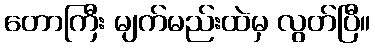
တောကြီး မျက်မည်းထဲမှ လွတ်ပြီ။